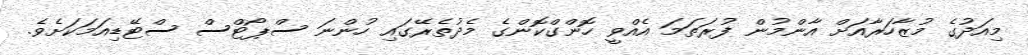
މިއަދުގެ މުޒާހަރާއަށް އާންމުން ފުރަތަމަ އެއްވީ ހޮންގްކޮންގެ މެދުތެރޭގައި ހުންނަ ސްޕޯޓްސް ސްޓޭޑިއަމަކަށެވެ.